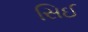
સિઈ